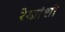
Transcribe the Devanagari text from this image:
रेखांशो